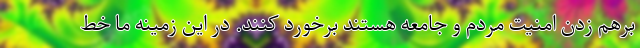
برهم زدن امنیت مردم و جامعه هستند برخورد کنند. در این زمینه ما خط